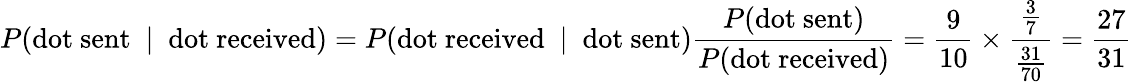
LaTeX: P({\mathrm{dot~sent~}}\mid{\mathrm{~dot~received}})=P({\mathrm{dot~received~}}\mid{\mathrm{~dot~sent}}){\frac{P({\mathrm{dot~sent}})}{P({\mathrm{dot~received}})}}={\frac{9}{10}}\times{\frac{\frac{3}{7}}{\frac{31}{70}}}={\frac{27}{31}}